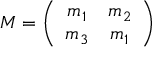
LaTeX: { \cal M } = \left( \begin{array} { c c } { { m _ { 1 } } } & { { m _ { 2 } } } \\ { { m _ { 3 } } } & { { m _ { 1 } } } \end{array} \right)